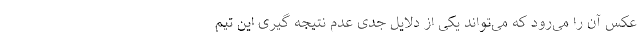
عکس آن را می‌رود که می‌تواند یکی از دلایل جدی عدم نتیجه گیری این تیم